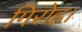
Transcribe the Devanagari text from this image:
गिरोह।